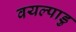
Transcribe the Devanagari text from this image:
वयल्पाडु